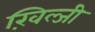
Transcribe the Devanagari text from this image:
ख़िल्जी